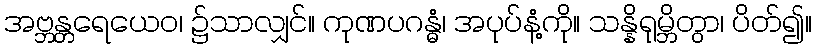
အဗ္ဘန္တရေယေဝ၊ ၌သာလျှင်။ ကုဏပဂန္ဓံ၊ အပုပ်နံ့ကို။ သန္နိရုမ္ဘိတွာ၊ ပိတ်၍။